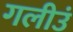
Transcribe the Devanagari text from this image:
गलीउं